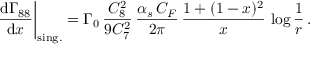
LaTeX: { \frac { \mathrm { d } \Gamma _ { 8 8 } } { \mathrm { d } x } } \bigg | _ { \mathrm { s i n g . } } = \Gamma _ { 0 } \, { \frac { C _ { 8 } ^ { 2 } } { 9 C _ { 7 } ^ { 2 } } } \, { \frac { \alpha _ { s } \, C _ { F } } { 2 \pi } } \, { \frac { 1 + ( 1 - x ) ^ { 2 } } { x } } \, \log { \frac { 1 } { r } } \, .